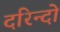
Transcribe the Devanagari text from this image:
दरिन्‍दो